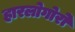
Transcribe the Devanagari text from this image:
हारलोगोरो